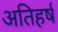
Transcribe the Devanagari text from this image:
अतिहर्ष